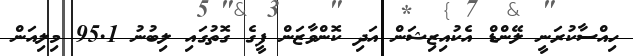
ހިއްސާކުރަނީ ލޭންޑް އެކުއިޒިޝަން އަދި ކޮންވާޒަން ފީގެ ގޮތުގައި ލިބުނު 95.1 މިލިއަން